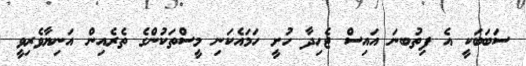
ސަބަބަކީ އެ ފިތުބނަ އައިސް ޖެހިދާ ހުށީ ހަމައެކަނި މީސްތަކުންގެ ތެރެއިން އަނިޔާވެރިވީ